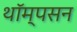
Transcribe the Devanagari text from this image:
थॉम्‍पसन